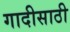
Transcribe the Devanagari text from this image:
गादीसाठी